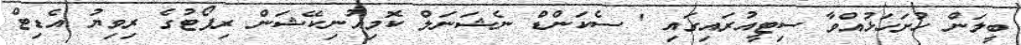
ބީލަން ހުށަހަޅުއްވާ ސިޓީއުރައިގައި ' ސެކަންޑް ނެޝަނަލް ކޮމިއުނިކޭޝަން ރިޕޯޓުގެ ރިވިޔު އެޑިޓް